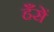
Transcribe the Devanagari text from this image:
हँसें